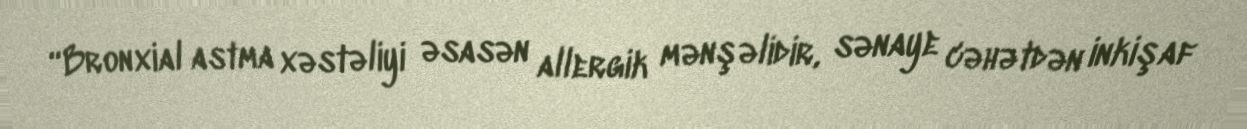
“Bronxial astma xəstəliyi əsasən allergik mənşəlidir, sənaye cəhətdən inkişaf